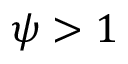
\psi > 1